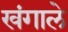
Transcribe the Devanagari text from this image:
खंगाले